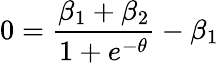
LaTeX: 0=\frac{\beta_{1}+\beta_{2}}{1+e^{-\theta}}-\beta_{1}